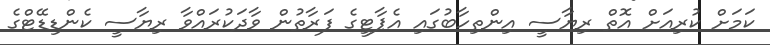
ކަމަށް ކުރިއަށް އޮތް ރިޔާސީ އިންތިހާބުގައި އެޕާޓީގެ ފަރާތުން ވާދަކުރައްވާ ރިޔާސީ ކެންޑިޑޭޓްގެ